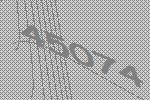
45074